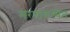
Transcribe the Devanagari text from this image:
मरणावस्थेत